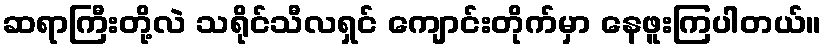
ဆရာကြီးတို့လဲ သရိုင်သီလရှင် ကျောင်းတိုက်မှာ နေဖူးကြပါတယ်။